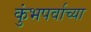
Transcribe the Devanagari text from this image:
कुंभपर्वाच्या